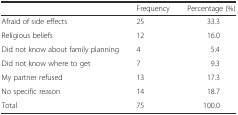
<table><thead><tr><td></td><td><b>Frequency</b></td><td><b>Percentage (%)</b></td></tr></thead><tbody><tr><td>Afraid of side effects</td><td>25</td><td>33.3</td></tr><tr><td>Religious beliefs</td><td>12</td><td>16.0</td></tr><tr><td>Did not know about family planning</td><td>4</td><td>5.4</td></tr><tr><td>Did not know where to get</td><td>7</td><td>9.3</td></tr><tr><td>My partner refused</td><td>13</td><td>17.3</td></tr><tr><td>No specific reason</td><td>14</td><td>18.7</td></tr><tr><td>Total</td><td>75</td><td>100.0</td></tr></tbody></table>